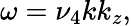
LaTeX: \omega=\nu_{4}kk_{z},